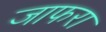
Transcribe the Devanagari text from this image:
जाफरा